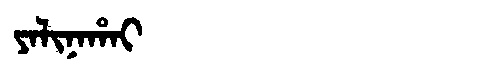
Manchu: ᠶᠠᠯᡳᠨᠠᡥᠠᡳ
Romanization: YALINAHAI